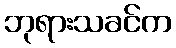
ဘုရားသခင်က